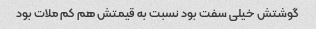
گوشتش خیلی سفت بود نسبت به قیمتش هم کم ملات بود